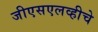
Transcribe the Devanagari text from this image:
जीएसएलव्हीचे